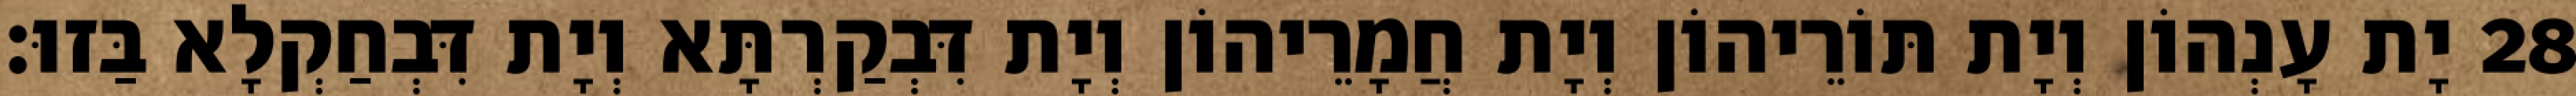
28 יָת עָנְהוֹן וְיָת תּוֹרֵיהוֹן וְיָת חֲמָרֵיהוֹן וְיָת דִּבְקַרְתָּא וְיָת דִּבְחַקְלָא בַּזוּ׃